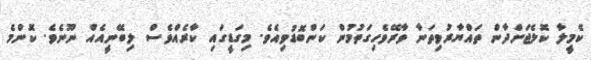
ކެމީލާ ކޮލެޖަށްދާން ތައްޔާރުވިތަނާ ވާރޭވެހިގަތުމުން ކަންބޮޑުވިއެވެ. މިގަޑީގައި ކާރެއްވެސް ލިބޭނީއެއް ނޫނެވެ. ކޮންމެ